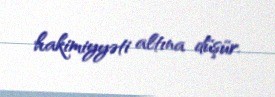
hakimiyyəti altına düşür.